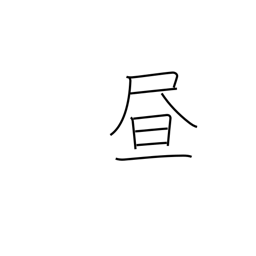
Meaning: daytime